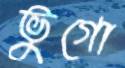
ভুগো